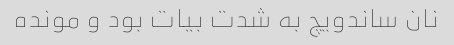
نان ساندویچ به شدت بیات بود و مونده